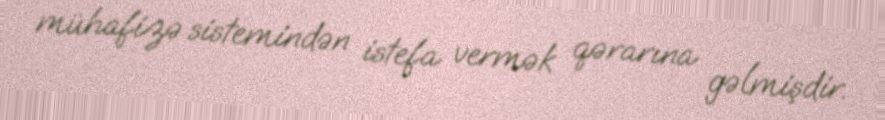
mühafizə sistemindən istefa vermək qərarına gəlmişdir.